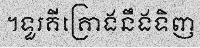
។ទួរគីគ្រោងនឹងទិញ